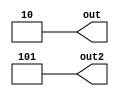
module lhs_wire2 (
  output [1:0] out,
  output [2:0] out2
);

assign out  = 2'd2;
assign out2 = 3'd5;

endmodule